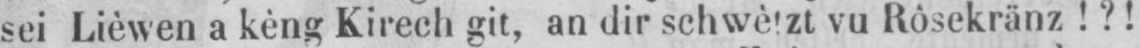
sei Lièwen a kèng Kirech git, an dir schwètzt vu Rôsekränz!?!